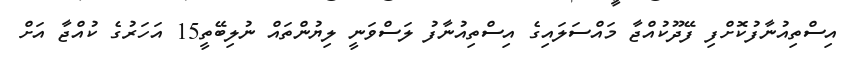
އިސްތިއުނާފުކޮށްފި ފޭދޫކުއްޖާ މައްސަލައިގެ އިސްތިއުނާފު ލަސްވަނީ ލިޔުންތައް ނުލިބޭތީ15 އަހަރުގެ ކުއްޖާ އަށް